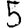
Digit: 5